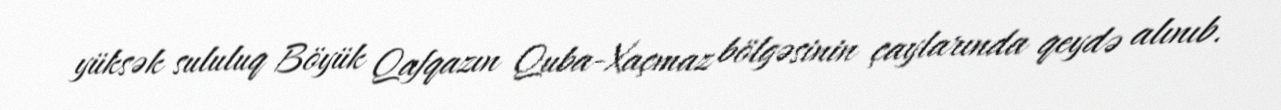
yüksək sululuq Böyük Qafqazın Quba-Xaçmaz bölgəsinin çaylarında qeydə alınıb.